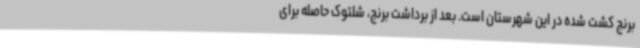
برنج کشت شده در این شهرستان است. بعد از برداشت برنج، شلتوک حاصله برای